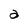
Character: a